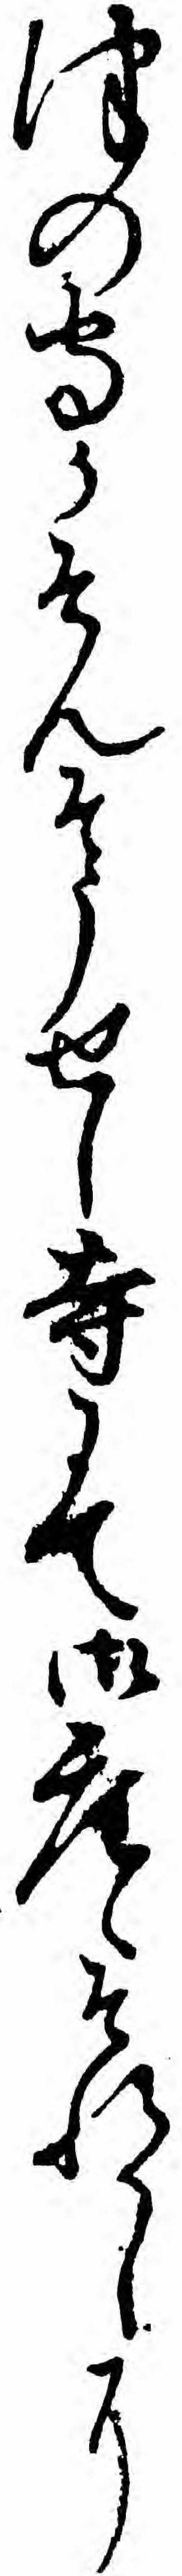
津の守かそんそうせし寺にて御座候それかしに